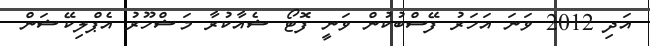
އަދި 2012 ވަނަ އަހަރު ފޭސްބުކުން ވަނީ ފޮޓޯ ޝެއާކުރާ މަޝްހޫރު އެޕްލިކޭޝަން